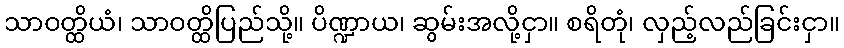
သာဝတ္ထိယံ၊ သာဝတ္ထိပြည်သို့။ ပိဏ္ဍာယ၊ ဆွမ်းအလို့ငှာ။ စရိတုံ၊ လှည့်လည်ခြင်းငှာ။